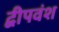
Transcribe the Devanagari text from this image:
द्वीपवंश